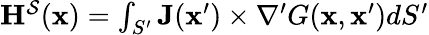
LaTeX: \begin{array}{r}{\mathbf{H}^{\mathcal{S}}(\mathbf{x})=\int_{S^{\prime}}\mathbf{J}(\mathbf{x}^{\prime})\times\nabla^{\prime}G(\mathbf{x},\mathbf{x}^{\prime})dS^{\prime}}\end{array}